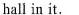
hall in it.